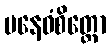
ပနေဝံစိတ္တော